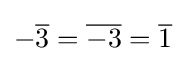
-{\overline {3}}={\overline {-3}}={\overline {1}}